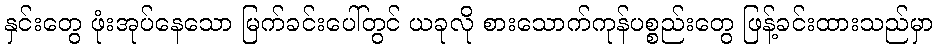
နှင်းတွေ ဖုံးအုပ်နေသော မြက်ခင်းပေါ်တွင် ယခုလို စားသောက်ကုန်ပစ္စည်းတွေ ဖြန့်ခင်းထားသည်မှာ